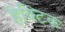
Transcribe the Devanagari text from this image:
हेक्टिक